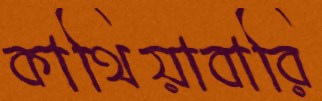
কাথিয়াবারি